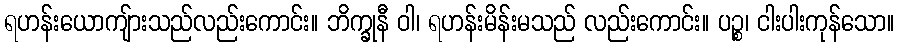
ရဟန်းယောကျ်ားသည်လည်းကောင်း။ ဘိက္ခုနီ ဝါ၊ ရဟန်းမိန်းမသည် လည်းကောင်း။ ပဉ္စ၊ ငါးပါးကုန်သော။